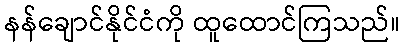
နန်ချောင်နိုင်ငံကို ထူထောင်ကြသည်။